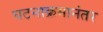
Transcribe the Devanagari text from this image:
घटनाक्रमानंतर